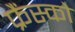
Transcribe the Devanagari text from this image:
फ्रैंस्को